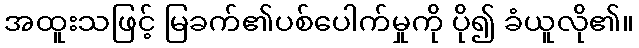
အထူးသဖြင့် မြခက်၏ပစ်ပေါက်မှုကို ပို၍ ခံယူလို၏။